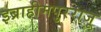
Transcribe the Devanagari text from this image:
इब्राहीमपुरराजू